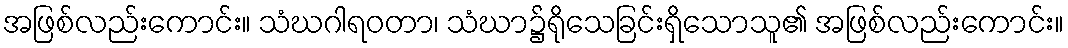
အဖြစ်လည်းကောင်း။ သံဃဂါရဝတာ၊ သံဃာ၌ရိုသေခြင်းရှိသောသူ၏ အဖြစ်လည်းကောင်း။